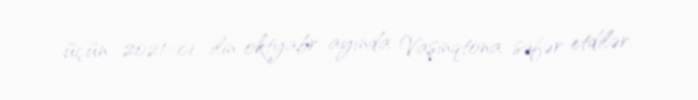
üçün 2021-ci ilin oktyabr ayında Vaşinqtona səfər etdilər.